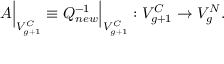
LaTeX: A \Bigr | _ { V _ { g + 1 } ^ { C } } \equiv Q _ { n e w } ^ { - 1 } \Bigr | _ { V _ { g + 1 } ^ { C } } : V _ { g + 1 } ^ { C } \to V _ { g } ^ { N } .